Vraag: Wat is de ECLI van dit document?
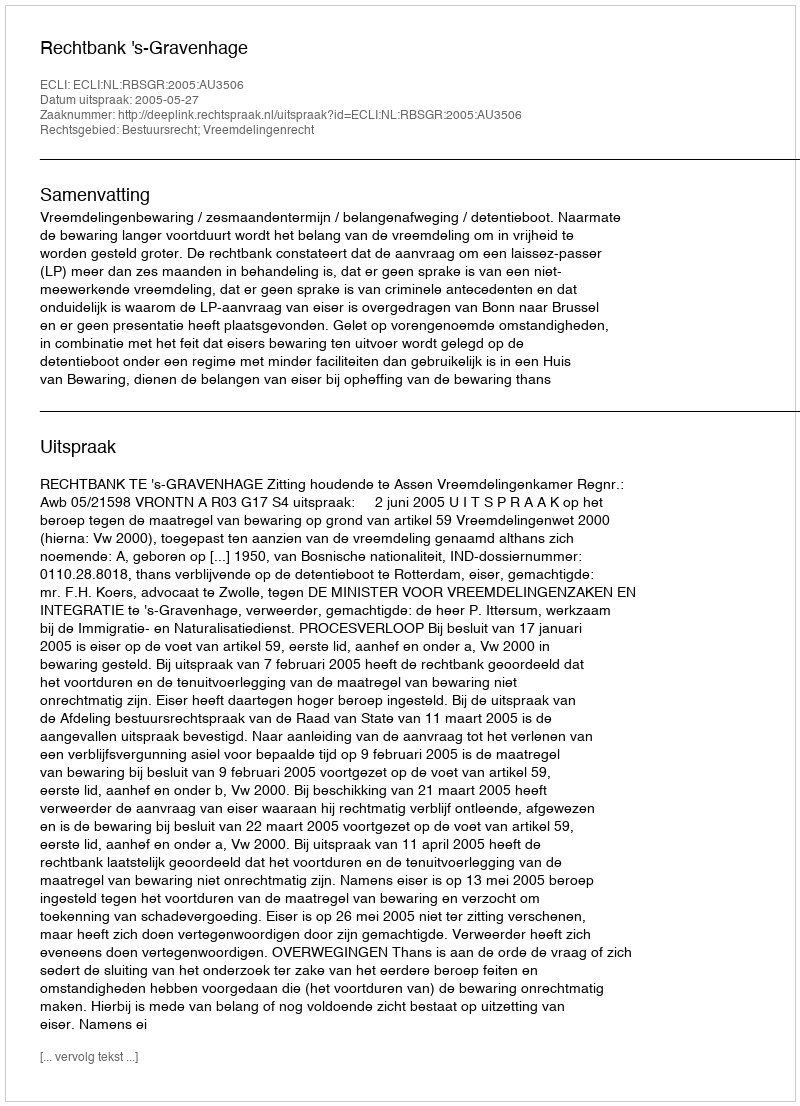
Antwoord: ECLI:NL:RBSGR:2005:AU3506